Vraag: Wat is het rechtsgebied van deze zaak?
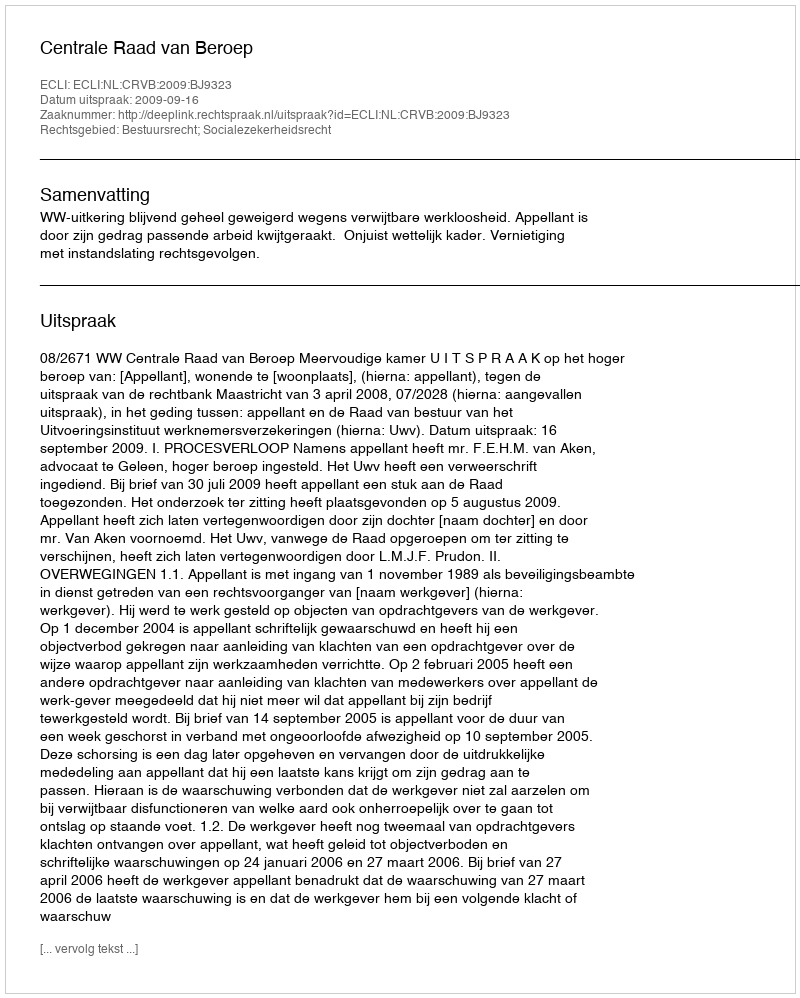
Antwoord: Bestuursrecht; Socialezekerheidsrecht